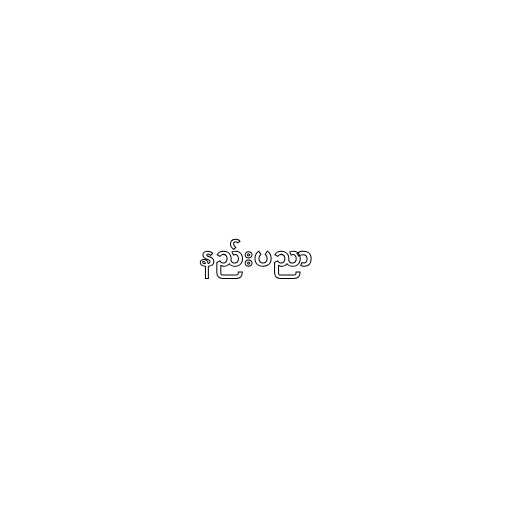
နည်းပညာ